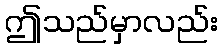
ဤသည်မှာလည်း